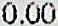
0.00